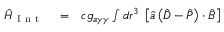
\begin{array} { r l r } { \hat { H } _ { \mathrm { ~ I ~ n ~ t ~ } } } & { { } = } & { c g _ { a \gamma \gamma } \int d \boldsymbol r ^ { 3 } \; \left[ \hat { a } \left( \hat { \boldsymbol D } - \hat { \boldsymbol P } \right) \cdot \hat { \boldsymbol B } \right] } \end{array}